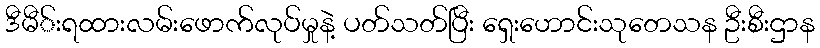
ဒီမီ်းရထားလမ်းဖောက်လုပ်မှုနဲ့ ပတ်သတ်ပြီး ရှေးဟောင်းသုတေသန ဦးစီးဌာန